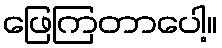
ဖြေကြတာပေါ့။